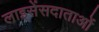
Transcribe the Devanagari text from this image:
लाइसेंसदाताओं